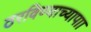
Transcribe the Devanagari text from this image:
ठरविण्याच्यापाा